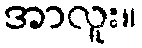
အာလူး။